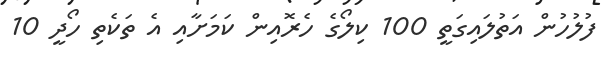
ފުލުހުން އަތުލައިގަތީ 100 ކިލޯގެ ހެރޮއިން ކަމަށާއި އެ ތަކެތި ހޯދީ 10